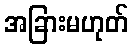
အခြားမဟုတ်